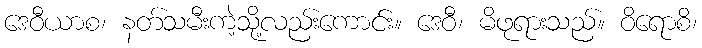
ဒေဝီယာစ၊ နတ်သမီးကဲ့သို့လည်းကောင်း။ ဒေဝီ၊ မိဖုရားသည်။ ဝိရောစိ၊